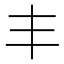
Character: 丰